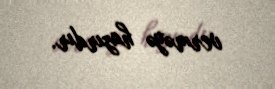
verməyə hazırdır.